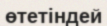
өтетіндей